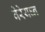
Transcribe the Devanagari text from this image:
वेरेयघ्न